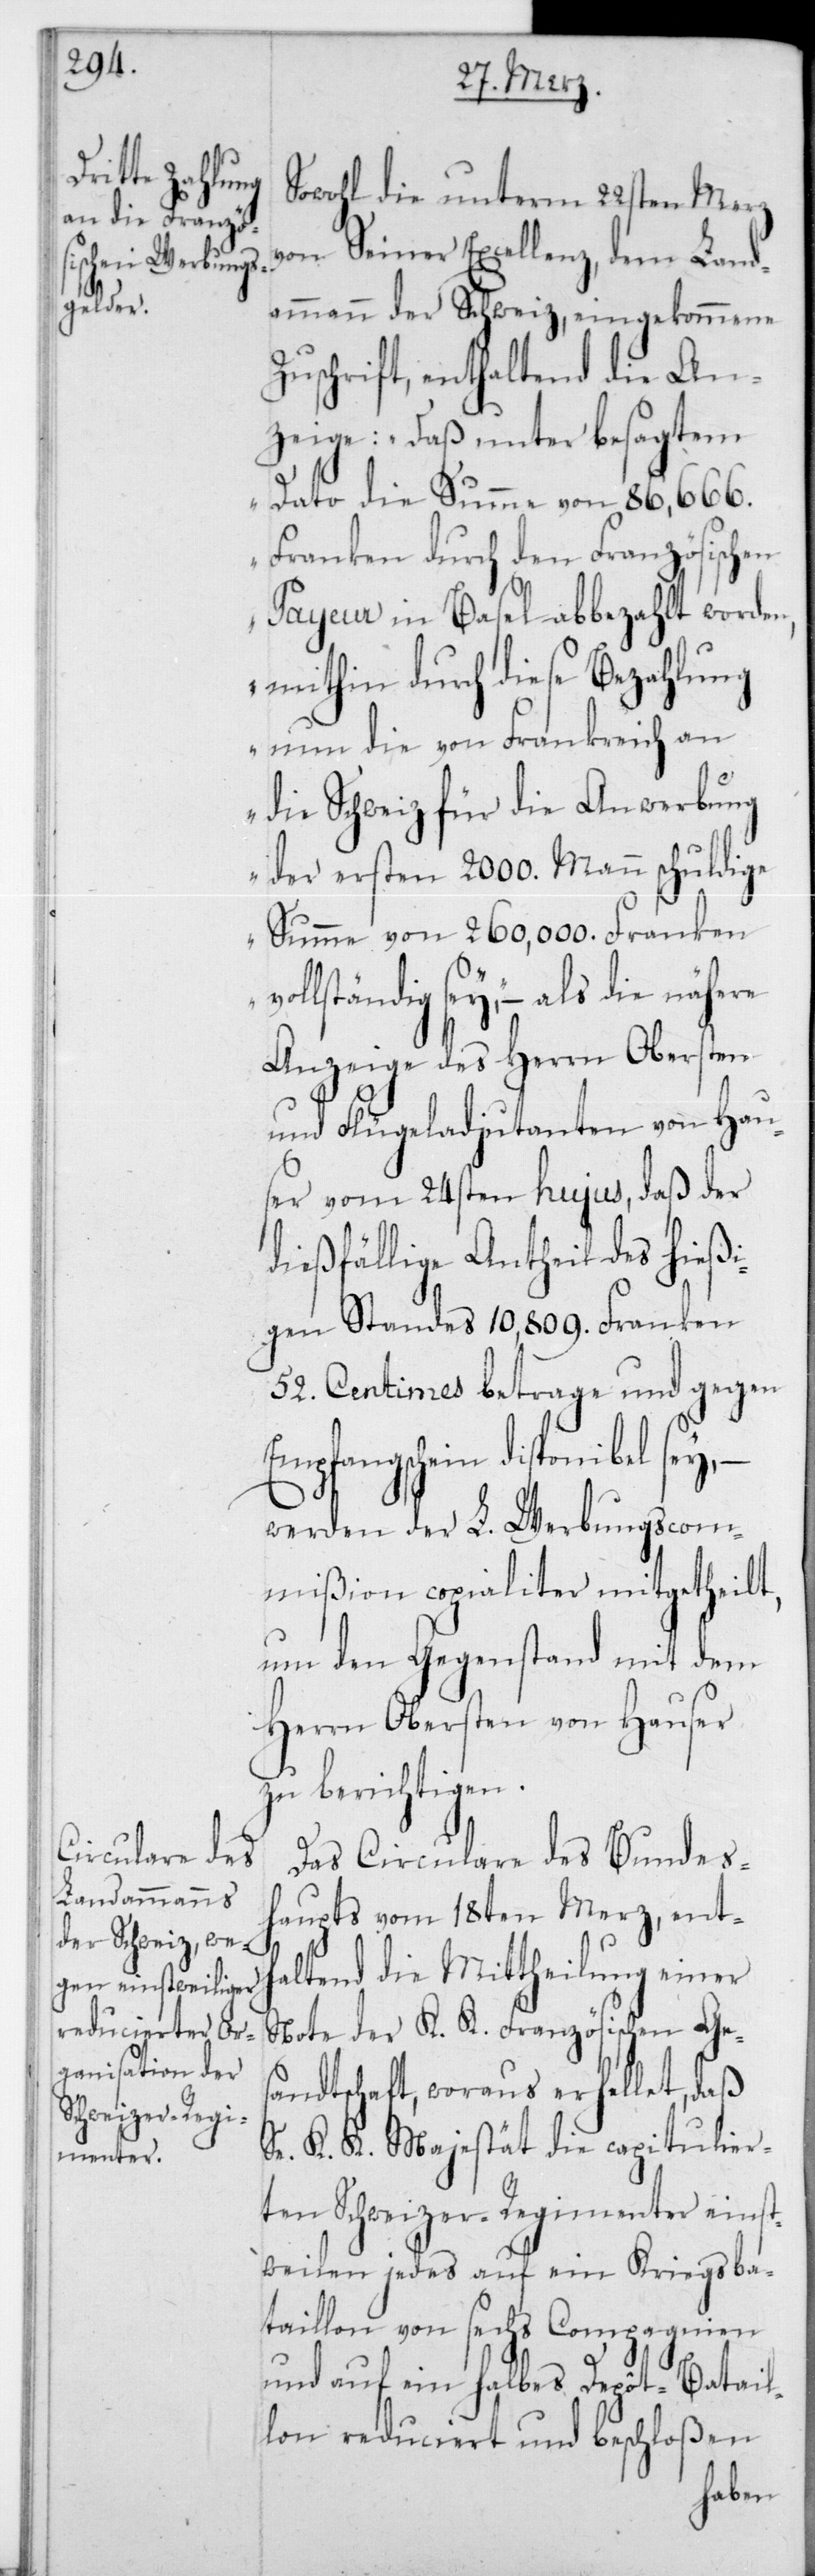
Sowohl die unterm 22sten Merz
von Seiner Excellenz, dem Land¬
ammann der Schweiz, eingekommene
Zuschrift, enthaltend die An¬
zeige: „Daß unter besagtem
Dato die Summe von 86,666
Franken durch den Französischen
Payeur in Basel abbezahlt worden,
mithin durch diese Bezahlung
nun die von Frankreich an
die Schweiz für die Anwerbung
der ersten 2000 Mann schuldige
Summe von 260,000 Franken
vollständig sey“, – als die
Anzeige des Herrn Obersten
und Flügeladjudanten von Hau¬
ser vom 24sten hujus, daß der
dießfällige Antheil des hießi¬
gen Standes 10,809 Franken
52 Centimes betrage und gegen
Empfangschein disponibel sey,
werden der L. Werbungscom¬
mißion copialiter mitgetheilt,
um den Gegenstand mit dem
Herrn Obersten von Hauser
zu berichtigen.
Das Circulare des Bundes¬
haupts vom 18ten Merz, enth¬
altend die Mittheilung einer
Note der K. K. Französischen Ges¬
andtschaft, woraus erhellet, daß
Se. K. K. Majestät die capitulier¬
ten Schweizer-Regimenter einst¬
weilen jedes auf ein Kriegsba¬
taillon von sechs Compagnien
und auf ein halbes Depôt-Batail¬
lon reduciert und beschloßen